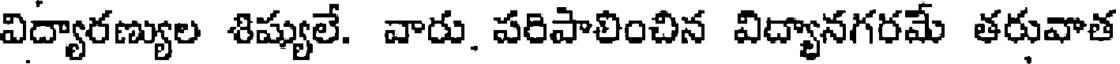
విద్యారణ్యుల శిష్యులే. వారు. పరిపాలించిన విద్యానగరమే తరువాత